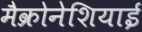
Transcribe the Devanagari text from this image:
मैक्रोनेशियाई